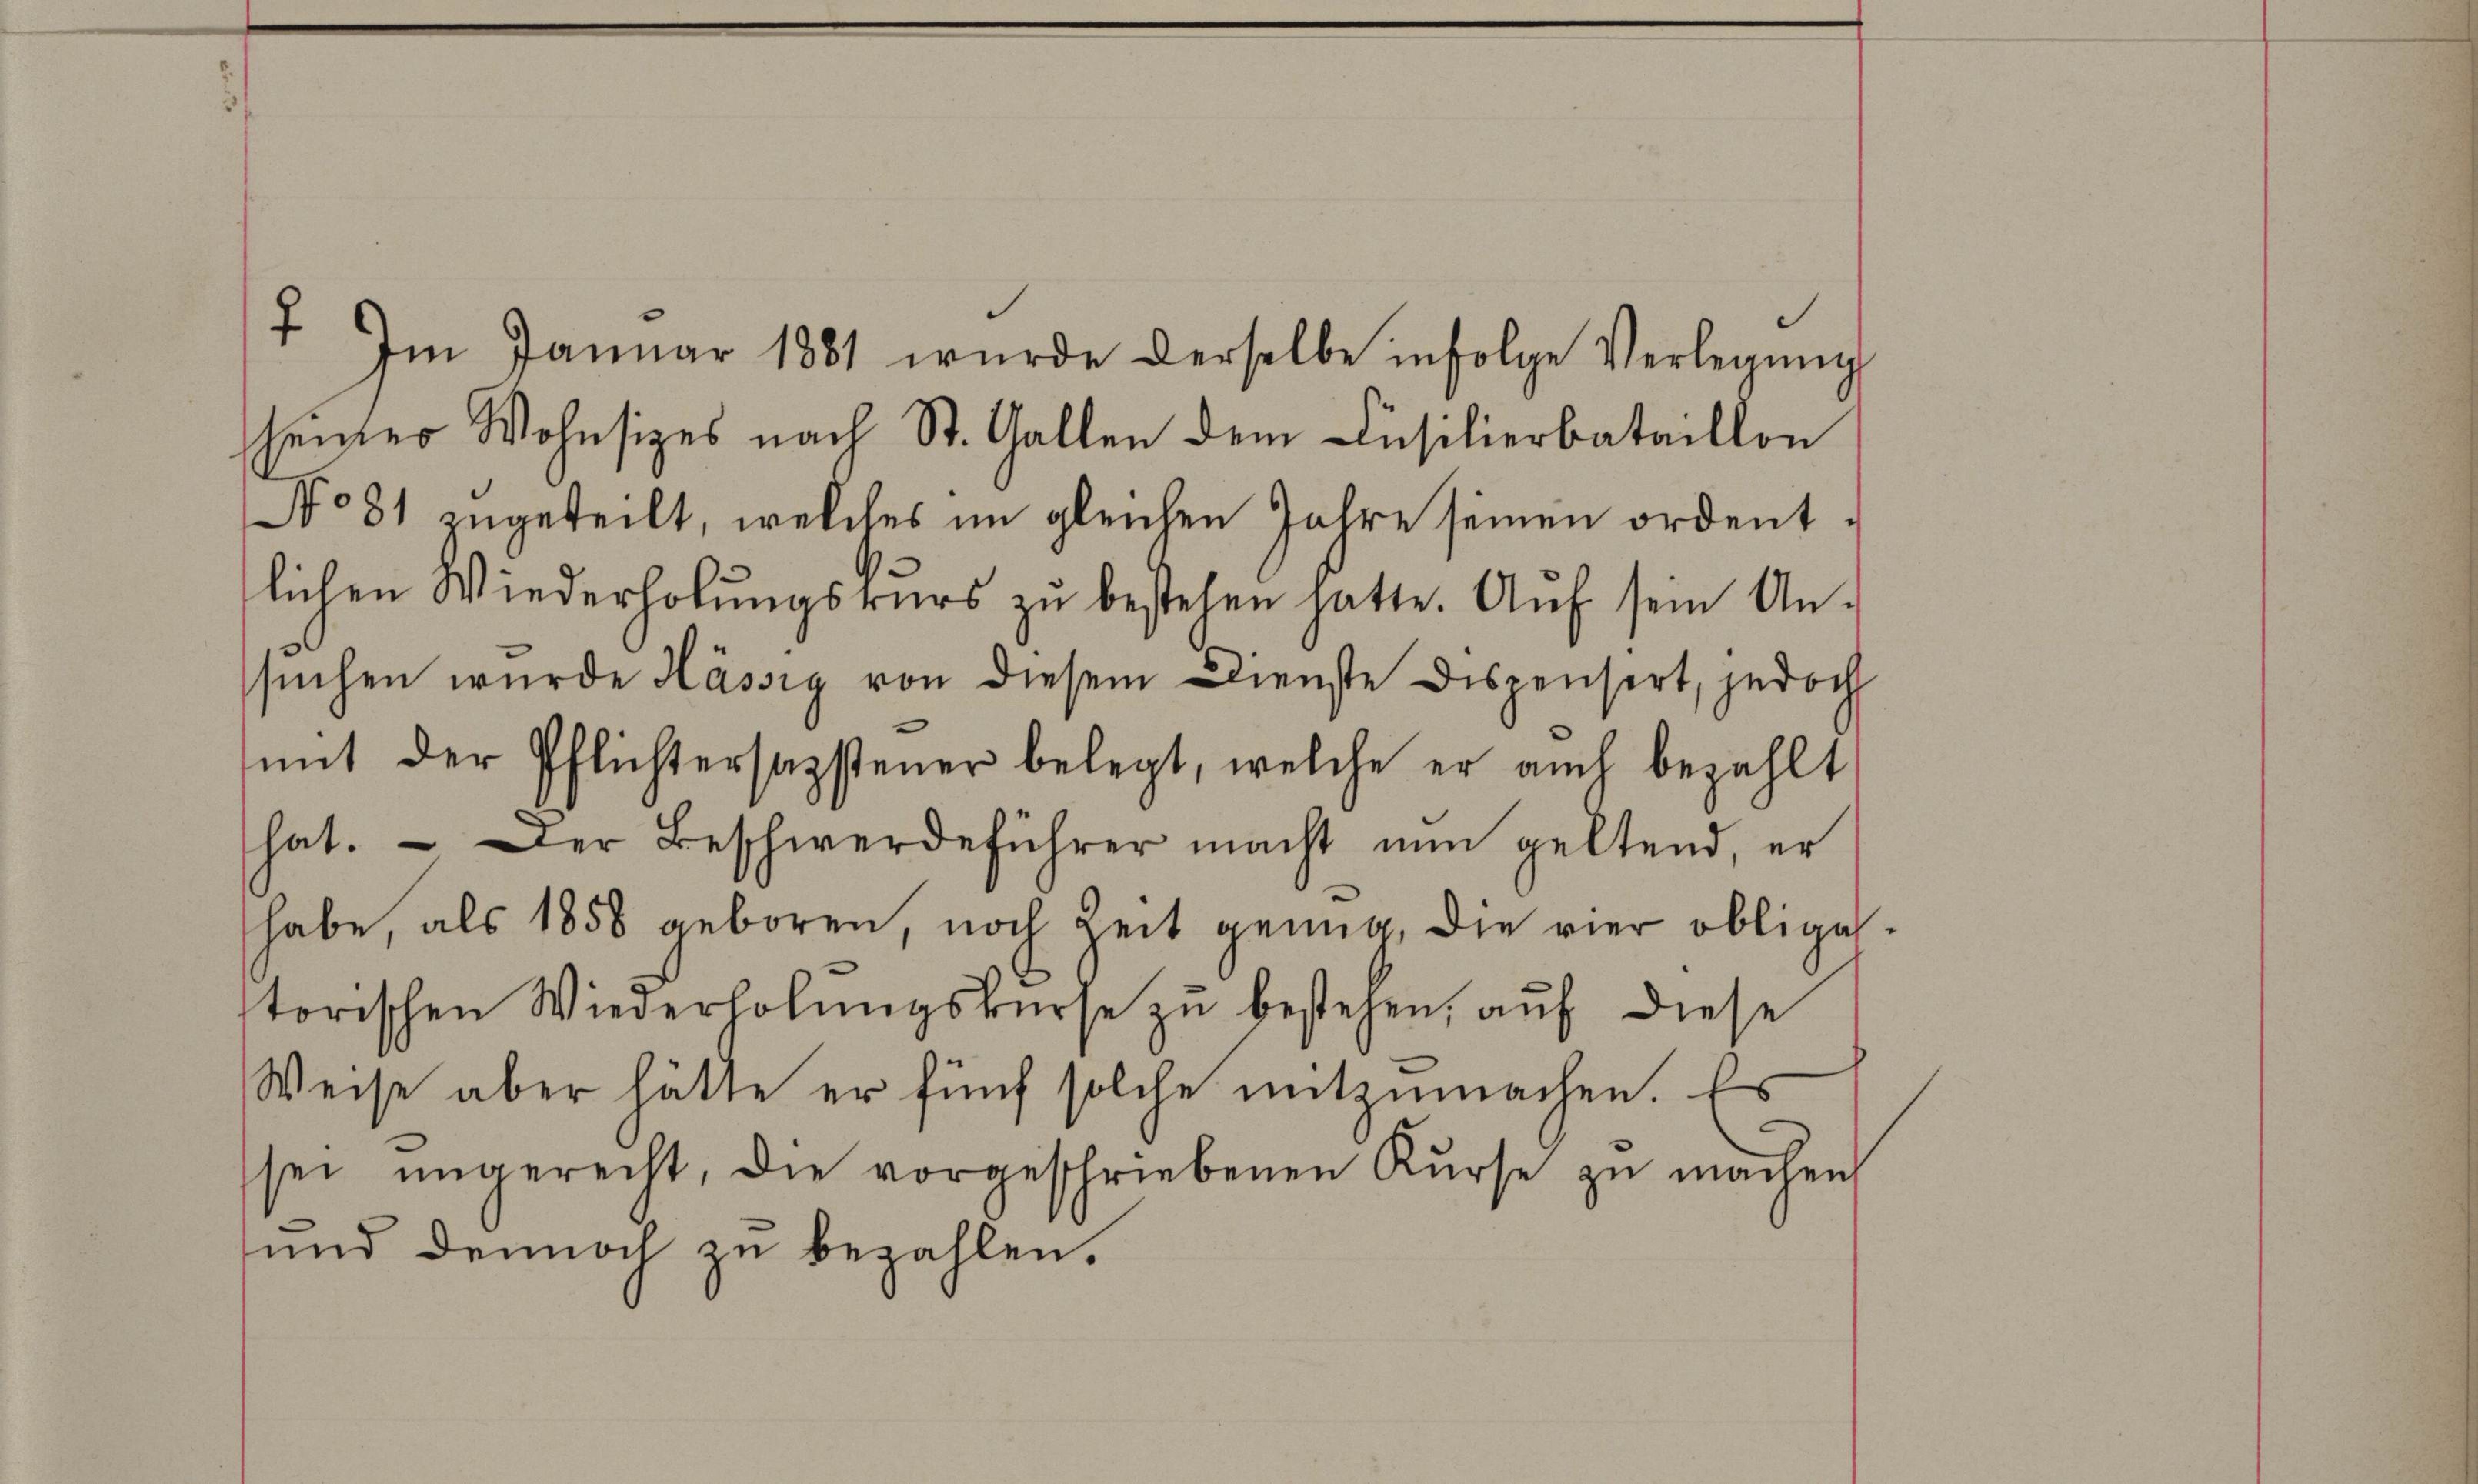
seiner Wohnsitzes nach St. Gallen dem Cüsilierbataillon

lichen Wiederholŭngskurs zŭ bestehen hatte. Aŭf sein An-

7. Im Januar 1881 wurde derselbe infolge Verlegŭng
No 81 zugeteilt, welches im gleichen Jahre seinen ordentsŭchen wurde Hässig von diesem Dienste dispensirt, jedoch
mit der Pflichtersazsteuer belegt, welche er auch bezahlt
hat. Der Beschwerdeführer macht nun geltend, er
habe, als 1858 geboren, noch Zeit genug, die vier obliga-
torischen Wiederholŭngskurse zŭ bestehen, auf diese
Weise aber hätte er fünf solche mitzumachen. Es
sei ungerecht, die vorgeschriebenen Kŭrse zŭ machen
und dennoch zu bezahlen.